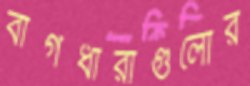
বাগধারাগুলোর